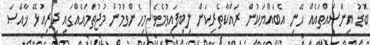
ބޮޑު އިންސައްތައެއް ހޭނި އެބައްޔަކުން ރައްކާތެރިކަން ލިބިފައިވުމެވެ. މިހެންވުމުން މުޖުތަމައެއްގައި ދިރިއުޅޭ ޚާއްޞަ